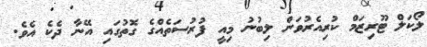
ލޯކަލް ޓޫރިޒަމް ކުރިއެރުވަން ލިބުނު މިއީ ފުރުސަތެއްގެ ގޮތުގައި އޭނާ ދެކެ އެވެ.